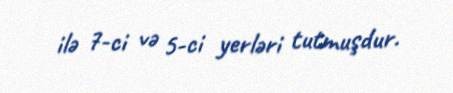
ilə 7-ci və 5-ci yerləri tutmuşdur.